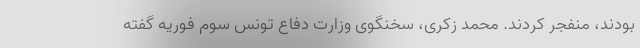
بودند، منفجر کردند. محمد زکری، سخنگوی وزارت دفاع تونس سوم فوریه گفته